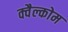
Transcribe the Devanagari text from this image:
क्वैल्कोम